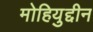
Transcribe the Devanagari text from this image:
मोहियुद्दीन